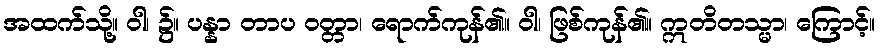
အထက်သို့။ ဝါ၊ ၌။ ပန္နာ တာပ ဝတ္တာ၊ ရောက်ကုန်၏။ ဝါ၊ ဖြစ်ကုန်၏။ ဣတိတသ္မာ၊ ကြောင့်။